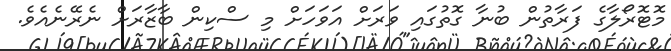
މޮޓޮރޯލާގެ ފަރާތުން ބުނާ ގޮތުގައި ވަރަށް އަވަހަށް މި ސްކިން ބާޒާރަށް ނެރޭނެއެވެ.